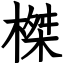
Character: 榤